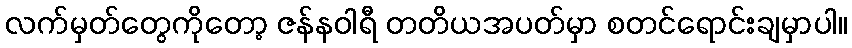
လက်မှတ်တွေကိုတော့ ဇန်နဝါရီ တတိယအပတ်မှာ စတင်ရောင်းချမှာပါ။